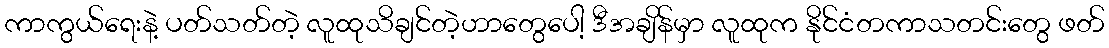
ကာကွယ်ရေးနဲ့ ပတ်သတ်တဲ့ လူထုသိချင်တဲ့ဟာတွေပေါ့ ဒီအချိန်မှာ လူထုက နိုင်ငံတကာသတင်းတွေ ဖတ်